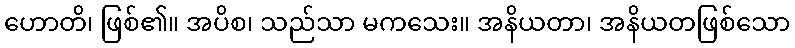
ဟောတိ၊ ဖြစ်၏။ အပိစ၊ သည်သာ မကသေး။ အနိယတာ၊ အနိယတဖြစ်သော